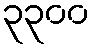
၃၃၀၀